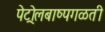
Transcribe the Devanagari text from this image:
पेट्रोलबाष्पगळती